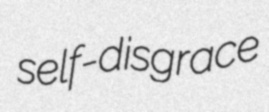
self-disgrace